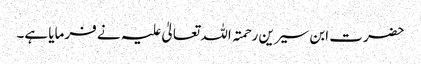
حضرت ابن سیرین رحمتہ اللہ تعالیٰ علیہ نے فرمایا ہے۔